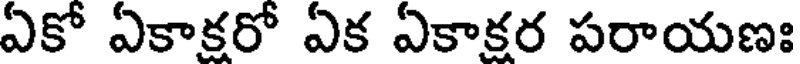
ఏకో ఏకాకరో ఏక ఏకాకర పరాయణః